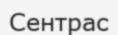
Сентрас